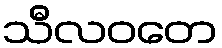
သီလဝတေ